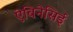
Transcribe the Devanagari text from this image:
ऐबिनेसिई